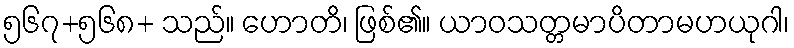
၅၆၇+၅၆၈+ သည်။ ဟောတိ၊ ဖြစ်၏။ ယာဝသတ္တမာပိတာမဟယုဂါ၊